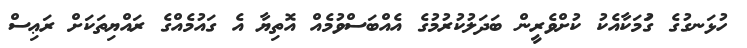
ހުޅަނގުގެ ގަުމަކާއެކު ކުށްވެރީން ބަދަލުކުރުމުގެ އެއްބަސްވުމެއް އޮތިޔާ އެ ގައުމެއްގެ ރައްޔިތަކަށް ރަޢިސް